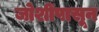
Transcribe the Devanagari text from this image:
जोशींपासून